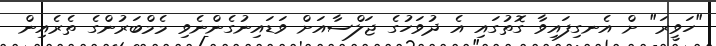
"ހަވީރަ" ށް އެނގިފައިވާ ގޮތުގައި އެ ދުވަހުގެ ޖަލްސާއަށް ވަޑައިނުގެންނެވި މެމްބަރުންގެ ތެރެއިން